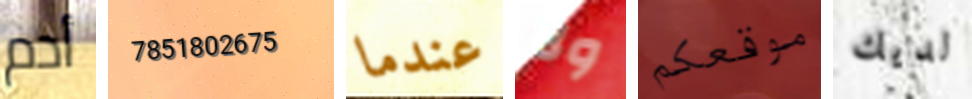
أدم 7851802675 عندما ولا موقعكم لديك